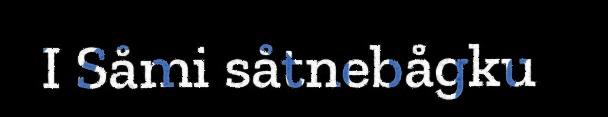
I Såmi såtnebågku